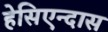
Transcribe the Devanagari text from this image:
हेसिएन्दास